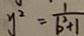
y ^ { 2 } = \frac { 1 } { b ^ { 2 } + 1 }